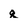
Character: g